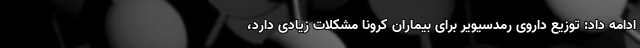
ادامه داد: توزیع داروی رمدسیویر برای بیماران کرونا مشکلات زیادی دارد،